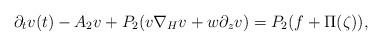
LaTeX: \begin{align*}\partial_t v(t) - A_2 v + P_2 (v \nabla_H v + w\partial_z v) = P_2(f + \Pi(\zeta)),\end{align*}